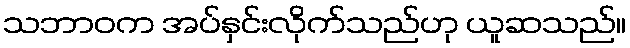
သဘာဝက အပ်နှင်းလိုက်သည်ဟု ယူဆသည်။